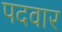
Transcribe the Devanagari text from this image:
पदवार